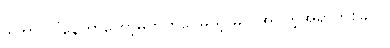
ဒါဟာ လွဲနေတာတော့မဟုတ်ပေမယ့် မလိုအပ်တဲ့အရာတစ်ခုပါ။